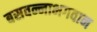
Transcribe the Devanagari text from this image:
बसवन्नाभगवान